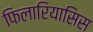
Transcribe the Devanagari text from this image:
फिलारियासिस